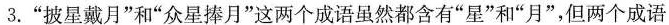
3.”披星戴月”和”众星捧月”这两个成语虽然都含有”星”和”月”，但两个成语